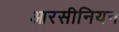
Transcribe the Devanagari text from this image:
आरसीनियन